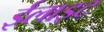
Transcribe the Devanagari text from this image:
ईलाइट